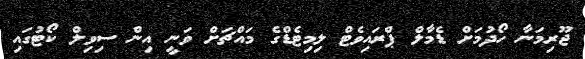
ޖޫރިމަނާ ހޯދުމަށް ޑެމާލް ޕްރައިވެޓް ލިމިޓެޑްގެ މައްޗަށް ވަނީ އިން ސިވިލް ކޯޓުގައި